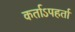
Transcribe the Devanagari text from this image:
कर्ताऽपहर्ता